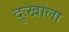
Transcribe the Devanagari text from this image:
दुःखाला